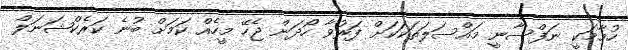
ހުމާމަކީ ނަފްސާނީ މައްސަލަތަކަކަށް ފަރުވާ ހޯދަން ޖެހޭ މީހެއް ކަމަށް ބުނެ ކަރެކްޝަނަލް